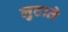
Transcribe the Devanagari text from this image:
लुटाते